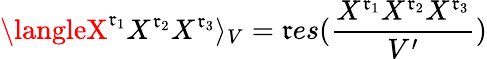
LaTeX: \langleX^{\mathfrak{r}_{1}}X^{\mathfrak{r}_{2}}X^{\mathfrak{r}_{3}}\rangle_{V}=\mathfrak{r}es({\frac{{X^{\mathfrak{r}_{1}}X^{\mathfrak{r}_{2}}X^{\mathfrak{r}_{3}}}}{{V^{\prime}}}})